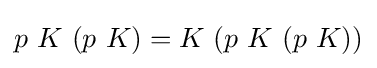
p\ K\ (p\ K)=K\ (p\ K\ (p\ K))